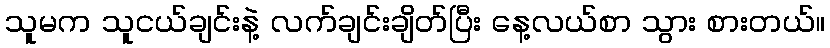
သူမက သူငယ်ချင်းနဲ့ လက်ချင်းချိတ်ပြီး နေ့လယ်စာ သွား စားတယ်။